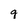
Character: q